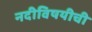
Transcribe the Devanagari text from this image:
नदीविषयीची